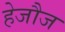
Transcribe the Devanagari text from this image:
हेजौज